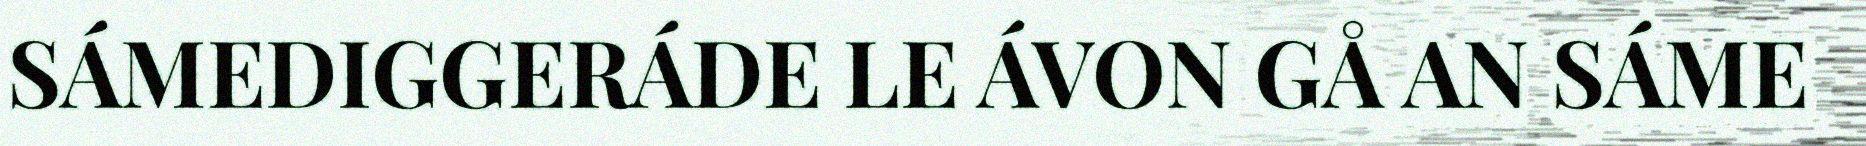
SÁMEDIGGERÁDE LE ÁVON GÅ AN SÁME